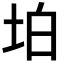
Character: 𡊚